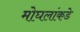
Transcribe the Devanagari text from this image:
मोघलांकडे